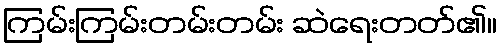
ကြမ်းကြမ်းတမ်းတမ်း ဆဲရေးတတ်၏။